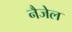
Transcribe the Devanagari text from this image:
नैजेल